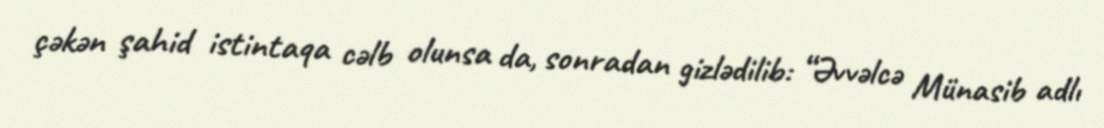
çəkən şahid istintaqa cəlb olunsa da, sonradan gizlədilib: “Əvvəlcə Münasib adlı